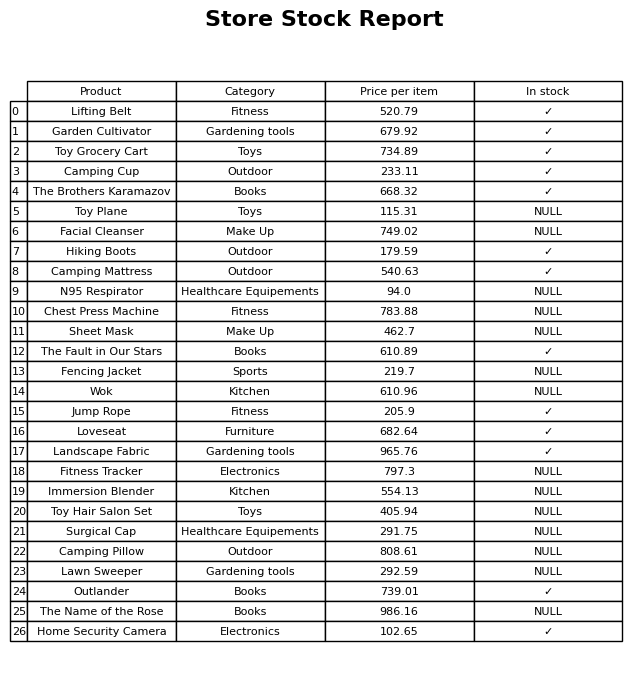
question: What category does the The Fault in Our Stars belong to?
answer: Books